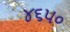
૪૬૫૦